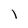
Character: l